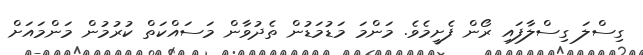
ގިސްލަ ގިސްލާފައި ރޯން ފެށީމެވެ. މަންމަ މަޑުމަޑުން ތެދުވާން މަސައްކަތް ކުރުމުން މަންމައަށް